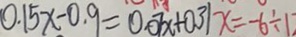
0 . 1 5 x - 0 . 9 = 0 . 0 7 x + 0 . 3 1 x = - 6 \div 1